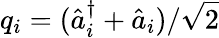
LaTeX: q_{i}=(\hat{a}_{i}^{\dagger}+\hat{a}_{i})/\sqrt{2}